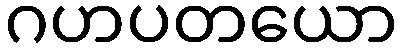
ဂဟပတယော